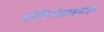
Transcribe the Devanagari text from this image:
प्लेटिनोसाइनाइड